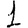
Digit: 1